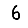
Digit: 6